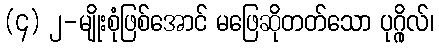
(၄) ၂-မျိုးစုံဖြစ်အောင် မဖြေဆိုတတ်သော ပုဂ္ဂိုလ်၊